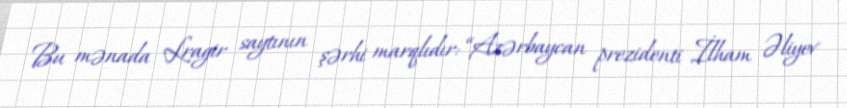
Bu mənada Lragir saytının şərhi marqlıdır: “Azərbaycan prezidenti İlham Əliyev